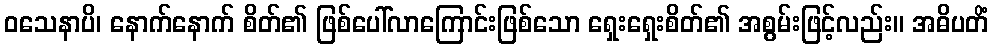
ဝသေနာပိ၊ နောက်နောက် စိတ်၏ ဖြစ်ပေါ်လာကြောင်းဖြစ်သော ရှေးရှေးစိတ်၏ အစွမ်းဖြင့်လည်း။ အဓိပတိံ